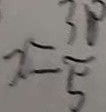
x = \frac { 3 9 } { 5 }